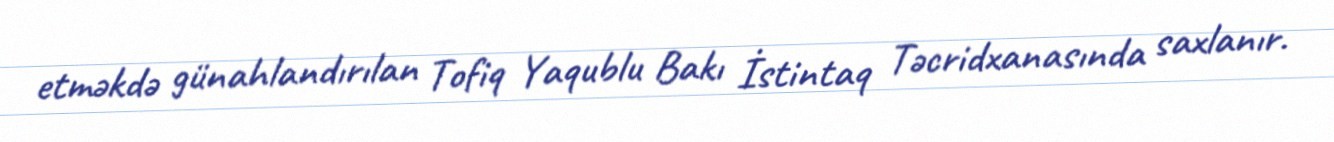
etməkdə günahlandırılan Tofiq Yaqublu Bakı İstintaq Təcridxanasında saxlanır.